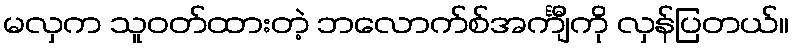
မလှက သူဝတ်ထားတဲ့ ဘလောက်စ်အင်္ကျီကို လှန်ပြတယ်။